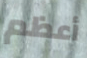
أعظم